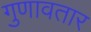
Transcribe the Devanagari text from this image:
गुणावतार